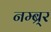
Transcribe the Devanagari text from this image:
नम्ब्र्‍र